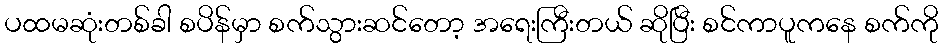
ပထမဆုံးတစ်ခါ စပိန်မှာ စက်သွားဆင်တော့ အရေးကြီးတယ် ဆိုပြီး စင်ကာပူကနေ စက်ကို